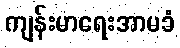
ကျန်းမာရေးအာမခံ